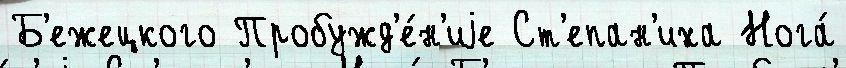
Б'ежецкого Пробужд'е́н'иjе Ст'епан'иха Нога́